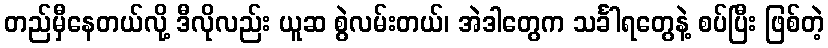
တည်မှီနေတယ်လို့ ဒီလိုလည်း ယူဆ စွဲလမ်းတယ်၊ အဲဒါတွေက သင်္ခါရတွေနဲ့ စပ်ပြီး ဖြစ်တဲ့